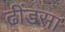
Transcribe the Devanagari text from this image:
ढींडसा